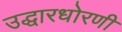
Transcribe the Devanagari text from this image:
उद्धारधोरणी